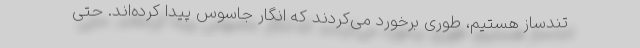
تندساز هستیم، طوری برخورد می‌کردند که انگار جاسوس پیدا کرده‌اند. حتی